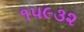
૧૫૯૩૨